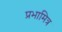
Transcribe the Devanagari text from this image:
प्रभामित्र